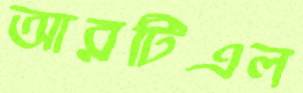
আরটিএল